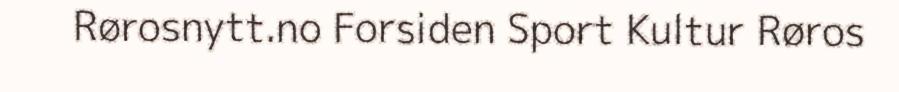
Rørosnytt.no Forsiden Sport Kultur Røros